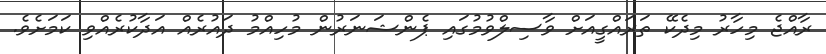
ރާއްޖެ މިހާރު މިދެކޭ ތަރައްގީއަށް ވާސިލްވުމުގައި ޕެންޝަނަރުން މުހިއްމު ދައުރެއް އަދާކުރެއްވި ކަމަށެވެ.